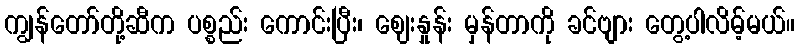
ကျွန်တော်တို့ဆီက ပစ္စည်း ကောင်းပြီး၊ ဈေးနှုန်း မှန်တာကို ခင်ဗျား တွေ့ပါလိမ့်မယ်။